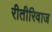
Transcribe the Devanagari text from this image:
रीतीरिवाज